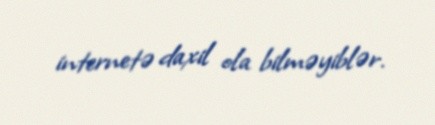
internetə daxil ola bilməyiblər.